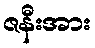
ဇနီးအား